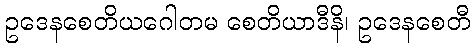
ဥဒေနစေတိယဂေါတမ စေတိယာဒီနိ၊ ဥဒေနစေတီ